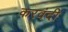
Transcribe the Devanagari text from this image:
करवंदी